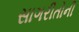
સાગરીતોની